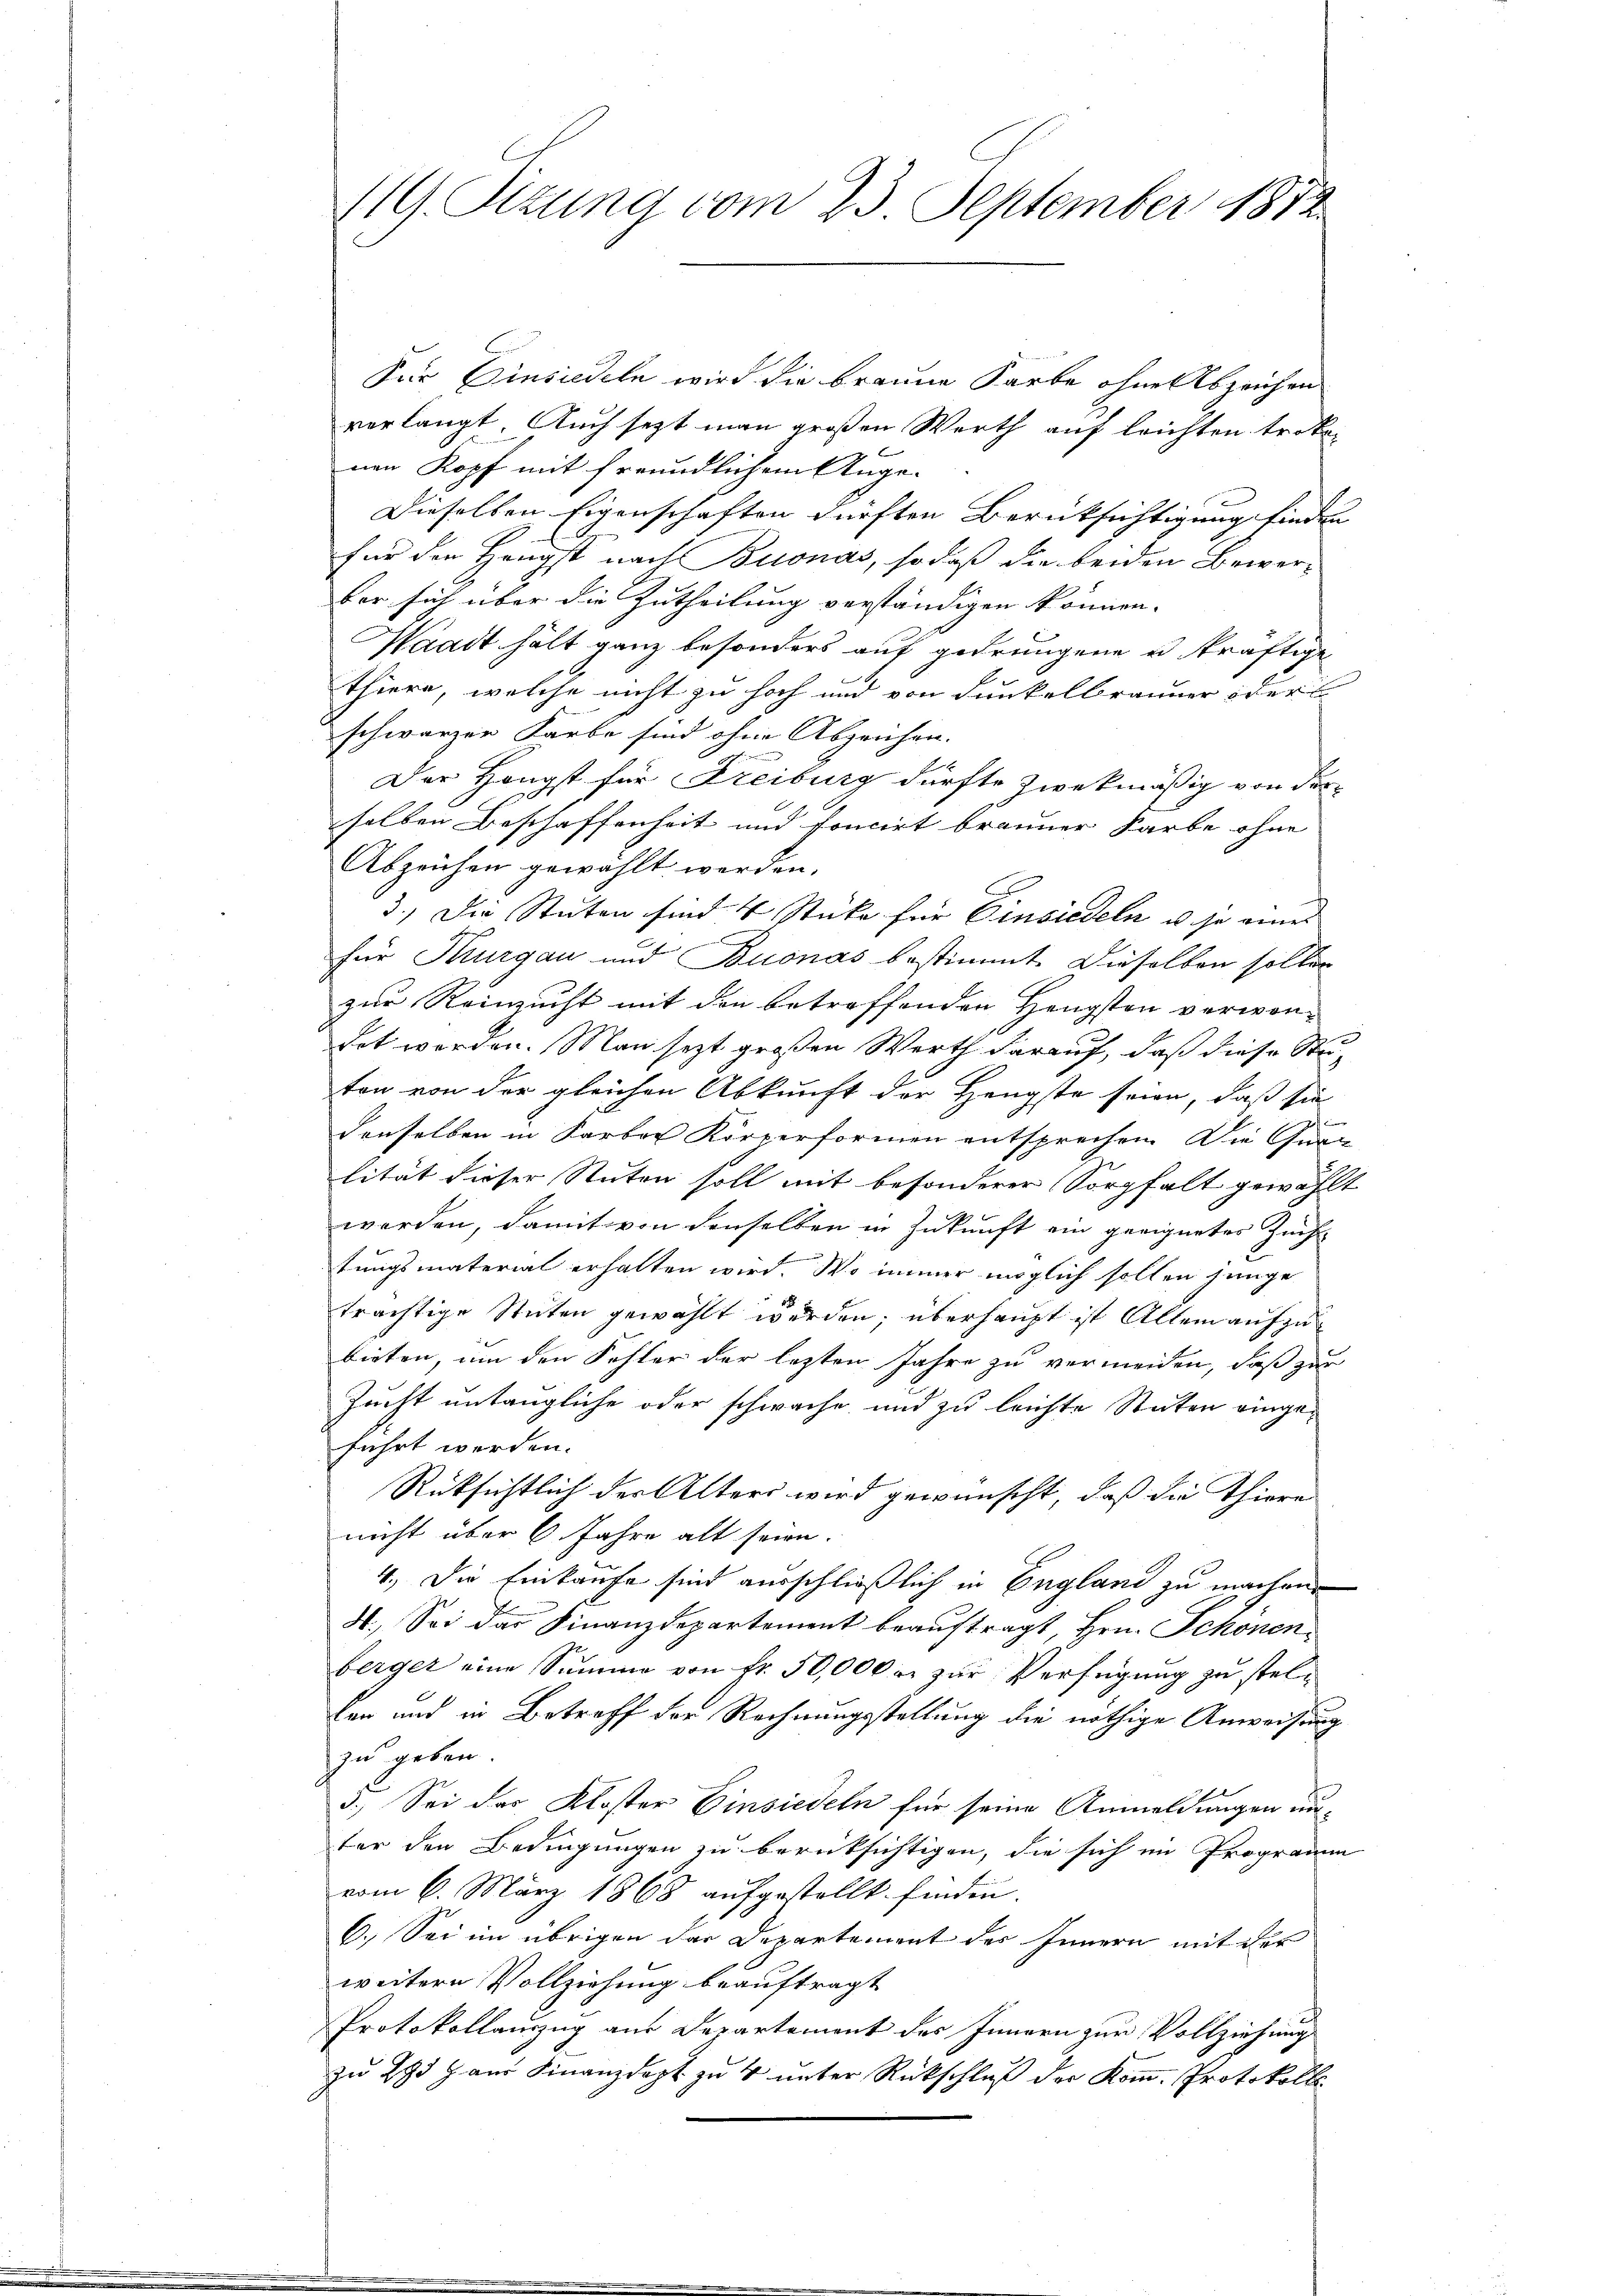
119. Sizung vom 23. September 1872.

Für Einsiedeln wird die braune Sarbe ohne Abzeichen
verlangt. Auch setzt man großen Werth auf leichten trokenen Kopf mit freundlichem Ange-
Dieselben Eigenschaften dürften Berücksichtigung finden
für den Hengst nach Buonas, so daß die beiden Bewerber sich über die Zutheilung verständigen können.
Waadt hält ganz besonders auf gedrungene u kräftige
thiere, welche nicht zu hoch und von dunkelbränner oder
schwarzer Farbe sind ohne Abzeichen.
Der Höngst für Freiburg dürfte zwekmäßig von der
selben Beschaffenheit und foncirt brauner Farbe ohne
Abzeichen gewählt werden.
3.) Die Stuten sind 4 Stücke für Einsiedeln u. so eines
für Thurgau und Buonas bestimmt. Dieselben sollen
zur Reinzucht mit den betreffenden Hengsten verwondet werden. Man sezt großen Werth darauf, daß diese Stuton von der gleichen Abkunft der Hengste seien, daß sie
f
denselben in Sarbor Körperformen entsprechen. Die Quan
lität dieser Stuten soll mit besonderer Sorgfalt gewählt
worden, damit von denselben in Zukunft ein geeignetes Zuch
tungsmaterial erhalten wird. Wo immer möglich sollen junge
trächtige Stuten gewählt wurden; überhaupt ist Allem aufzubieten, um den Fehler der lezten Jahre zu vermeiden, daß zur
Zucht untaugliche oder schwache und zu leichte Stuten eingeführt werden.
Rüksichtlich der Alters wird gewünscht, daß die Thiere
nicht über 6 Jahre alt seien.
4., Die Einkaufe sind ausschließlich in England zu machen
4. Sei der Finanzdepartement beauftragt, Hrn. Schönenberger eine Summe von fr. 50,000 r. zur Verfügung zu stel¬
Lan und in Betreff der Rechnungsstellung die nöthige Anweisung
zu geben.
3.) Sei das Kloster Einsiedeln für seine Anmeldungen unter den Bedingungen zu berücksichtigen, die sich im Programm
vom 6. März 1868 aufgestellt finden.
6.) Sei im übrigen der Departement des Innern mit der
weitere Vollziehung beauftragt
Protokollauszug aus Departement des Innern zur Vollziehung
zu 25 Jans Finanzdept zu 4 unter Rückschluß der Komm. Protokolls